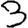
Digit: 3